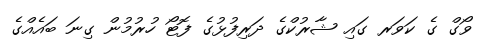
ވޯގް ގެ ކަވަރ ގައި ޝާރުކްގެ ދަރިފުޅުގެ ފޮޓޯ ހުރުމުން ގިނަ ބައެއްގެ